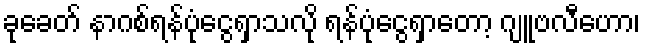
ခုခေတ် နာဂစ်ရန်ပုံငွေရှာသလို ရန်ပုံငွေရှာတော့ ဂျူဗလီဟော၊